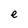
Character: e